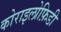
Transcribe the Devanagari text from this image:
कोराइलोफ़िडी